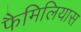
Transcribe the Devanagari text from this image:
फैमिलियास